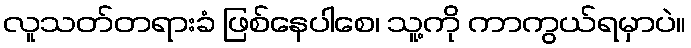
လူသတ်တရားခံ ဖြစ်နေပါစေ၊ သူ့ကို ကာကွယ်ရမှာပဲ။